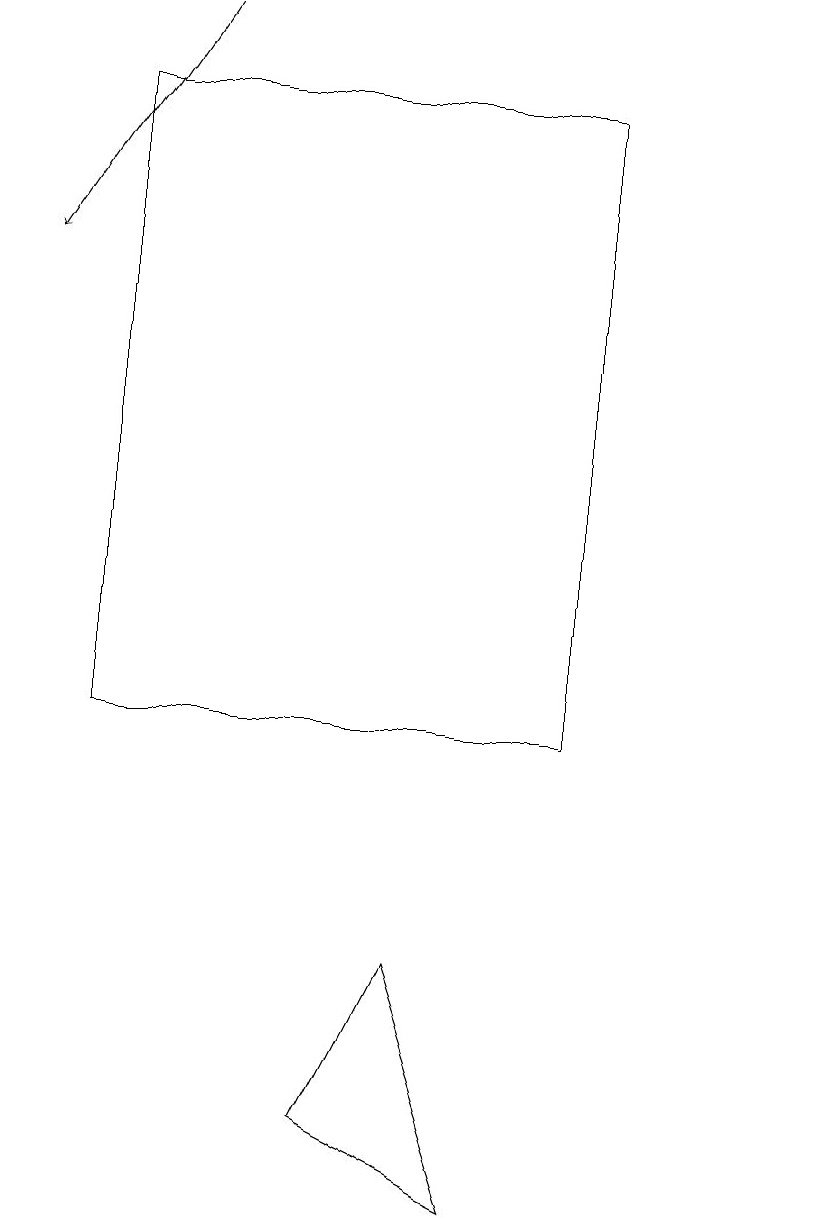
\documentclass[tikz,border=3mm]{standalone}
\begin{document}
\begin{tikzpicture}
\draw (7,10) rectangle (1,18);
\draw (10,10) circle (0);
\draw[->] (2,19) -- (0,16);
\draw (4,5) -- (5,7) -- (6,4) -- cycle;
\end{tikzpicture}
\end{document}